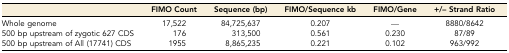
<table><thead><tr><td></td><td><b>FIMO Count</b></td><td><b>Sequence (bp)</b></td><td><b>FIMO/Sequence kb</b></td><td><b>FIMO/Gene</b></td><td><b>+/– Strand Ratio</b></td></tr></thead><tbody><tr><td>Whole genome</td><td>17,522</td><td>84,725,637</td><td>0.207</td><td>—</td><td>8880/8642</td></tr><tr><td>500 bp upstream of zygotic 627 CDS</td><td>176</td><td>313,500</td><td>0.561</td><td>0.230</td><td>87/89</td></tr><tr><td>500 bp upstream of All (17741) CDS</td><td>1955</td><td>8,865,235</td><td>0.221</td><td>0.102</td><td>963/992</td></tr></tbody></table>